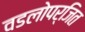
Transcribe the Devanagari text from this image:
वडलोपर्जित